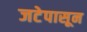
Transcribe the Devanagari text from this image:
जटेपासून